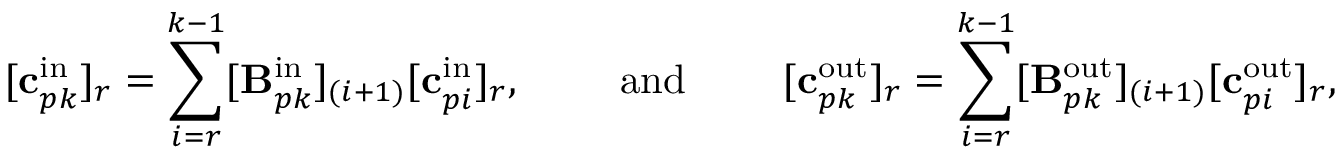
[ \mathbf { c } _ { p k } ^ { \mathrm { i n } } ] _ { r } = \sum _ { i = r } ^ { k - 1 } [ \mathbf { B } _ { p k } ^ { \mathrm { i n } } ] _ { ( i + 1 ) } [ \mathbf { c } _ { p i } ^ { \mathrm { i n } } ] _ { r } , \qquad \mathrm { ~ a n d ~ } \qquad [ \mathbf { c } _ { p k } ^ { \mathrm { o u t } } ] _ { r } = \sum _ { i = r } ^ { k - 1 } [ \mathbf { B } _ { p k } ^ { \mathrm { o u t } } ] _ { ( i + 1 ) } [ \mathbf { c } _ { p i } ^ { \mathrm { o u t } } ] _ { r } ,